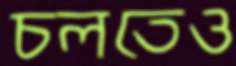
চলতেও